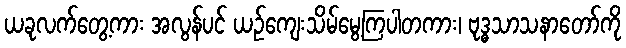
ယခုလက်တွေ့ကား အလွန်ပင် ယဉ်ကျေးသိမ်မွေ့ကြပါတကား၊ ဗုဒ္ဓသာသနာတော်ကို